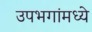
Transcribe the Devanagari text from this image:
उपभगांमध्ये